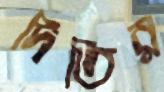
দিতির